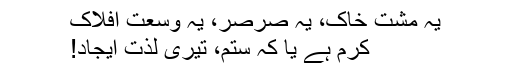
یہ مشت خاک، یہ صرصر، یہ وسعت افلاک
کرم ہے یا کہ ستم، تیری لذت ایجاد!